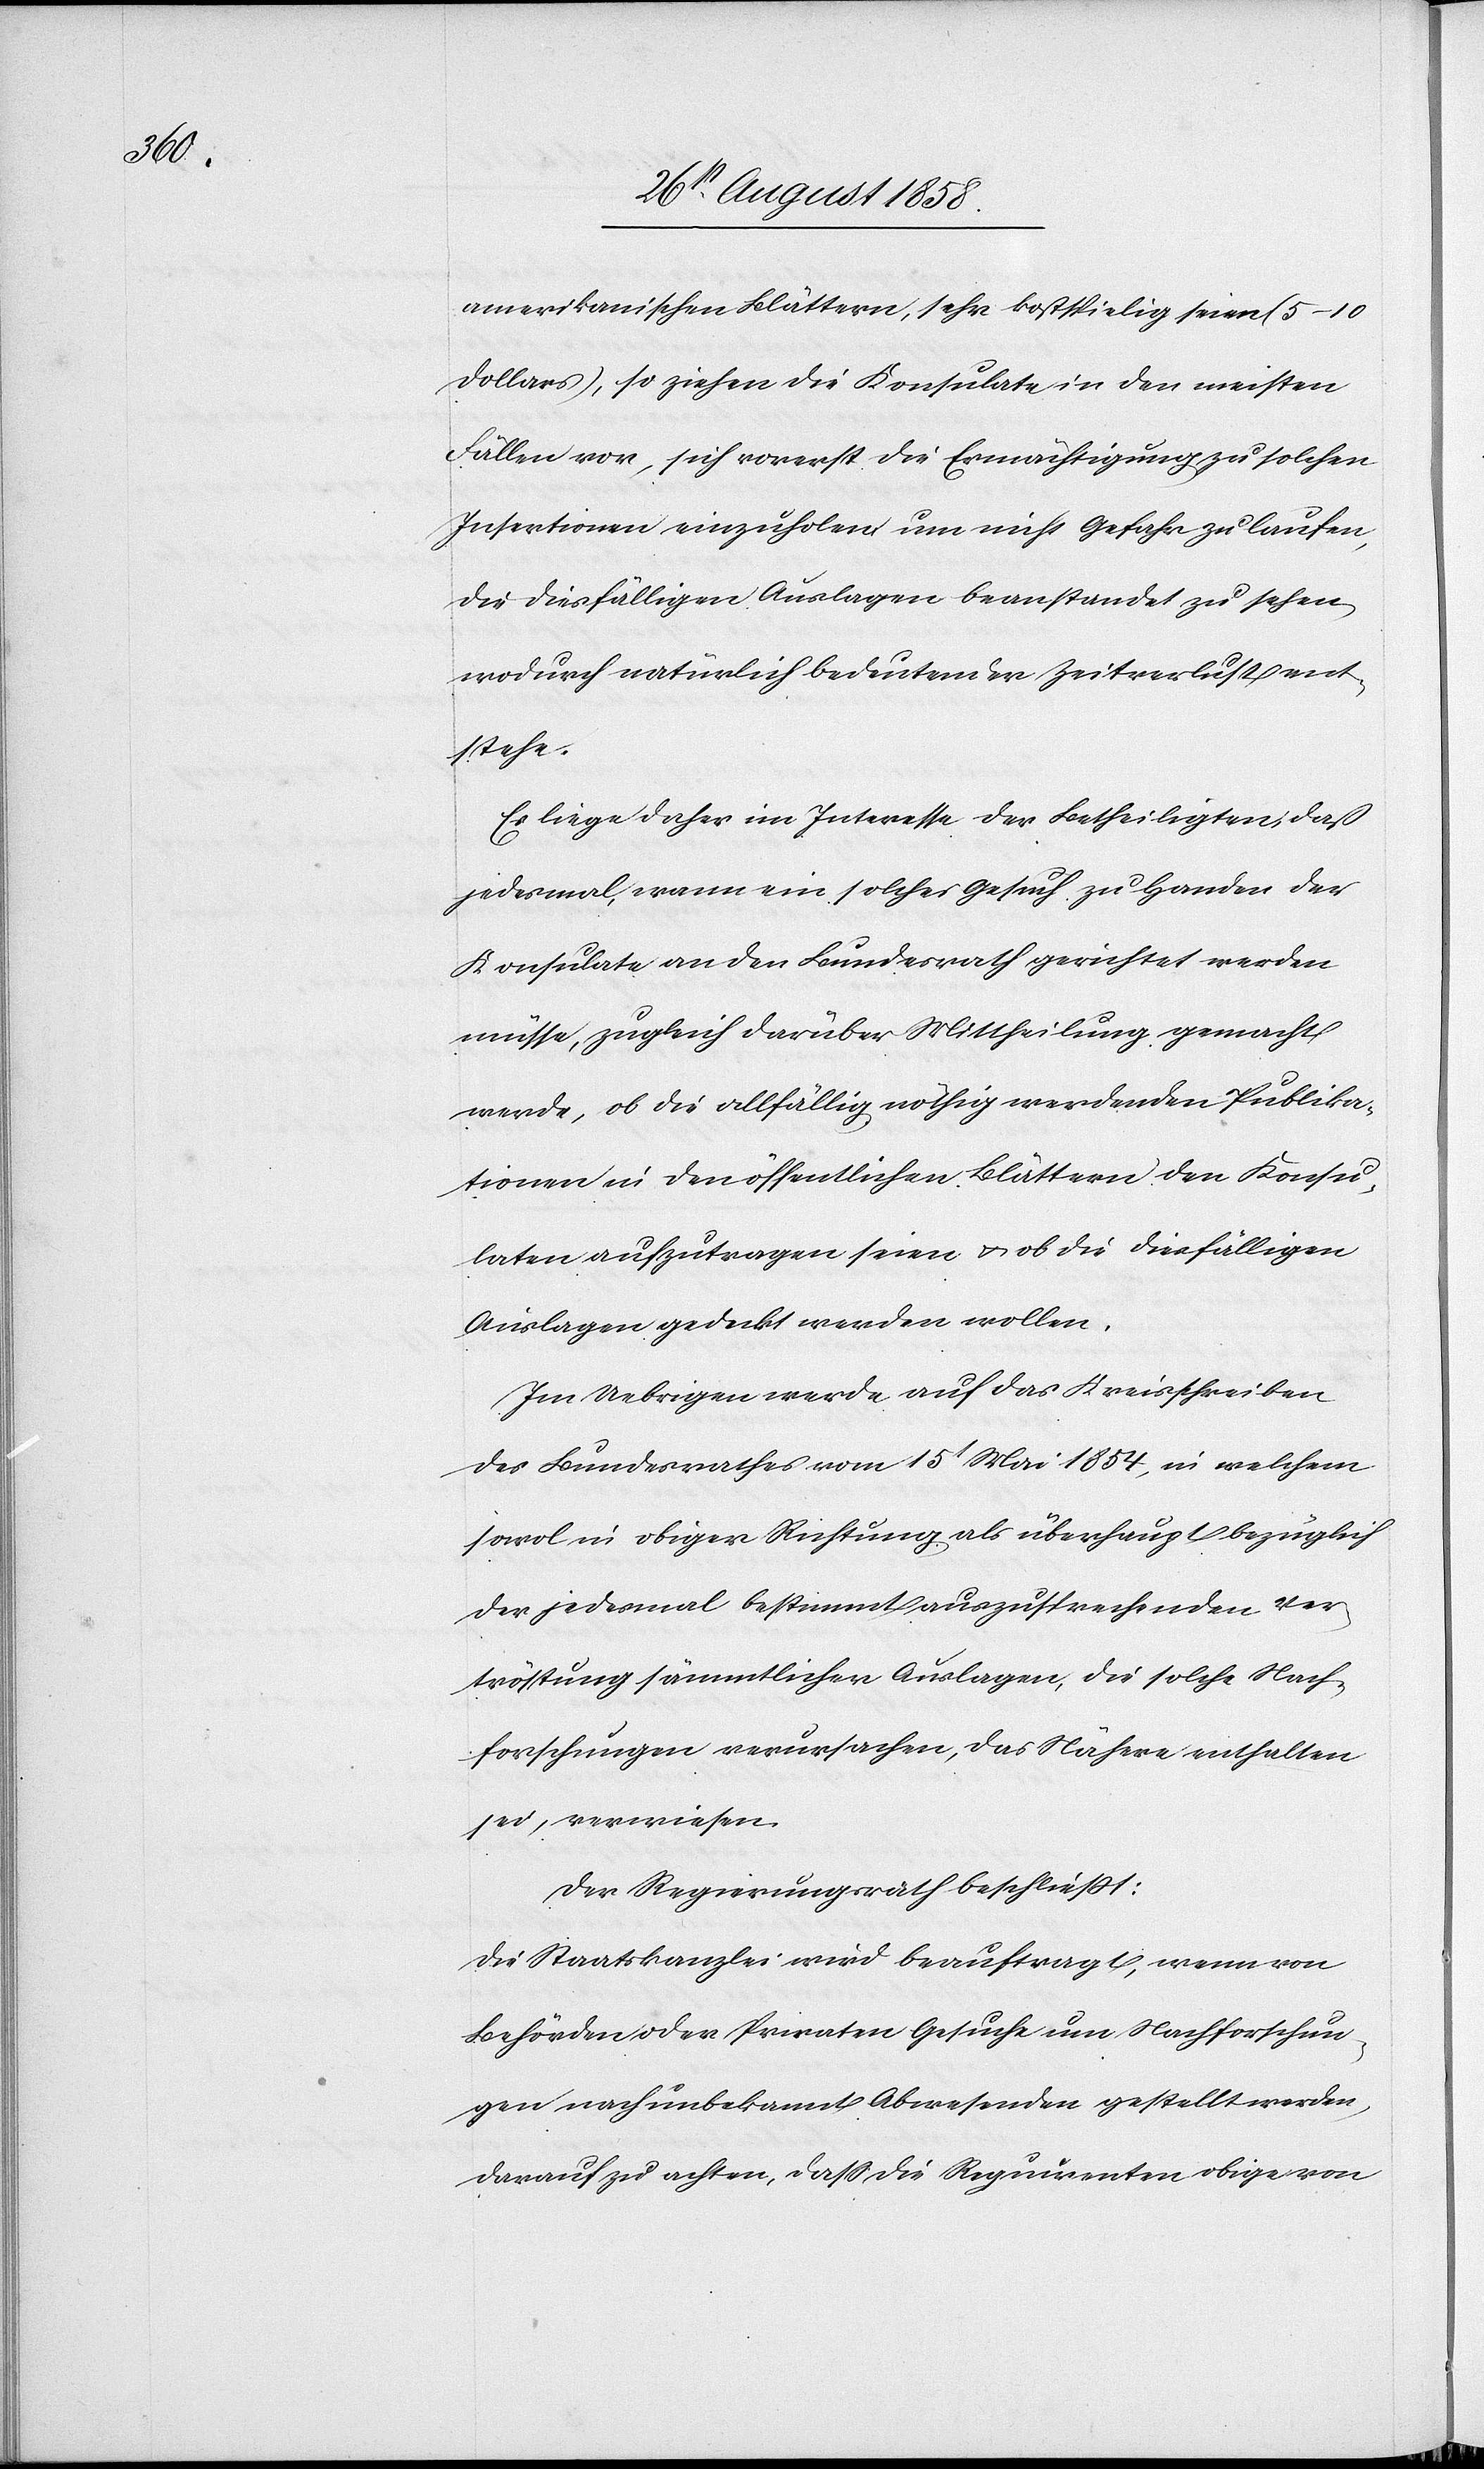
amerikanischen Blättern, sehr kostspielig seien (5–10
Dollars), so ziehen die Konsulate in den meisten
Fällen vor, sich vorerst die Ermächtigung zu solchen
Insertionen einzuholen, um nicht Gefahr zu laufen,
die diesfälligen Auslagen beanstandet zu sehen,
wodurch natürlich bedeutender Zeitverlust ent¬
stehe.
Es liege daher im Interesse der Betheiligten, daß
jedesmal, wann ein solches Gesuch zu Handen der
Konsulate an den Bundesrath gerichtet werden
müsse, zugleich darüber Mittheilung gemacht
werde, ob die allfällig nöthig werdenden Publika¬
tionen in den öffentlichen Blättern den Konsu¬
laten aufzutragen seien & ob die diesfälligen
Auslagen gedeckt werden wollen.
Im Uebrigen werde auf das Kreisschreiben
des Bundesrathes vom 15t Mai 1854, in welchem
sowol in obiger Richtung als überhaupt bezüglich
der jedesmal bestimmt auszusprechenden Ver¬
tröstung sämmtlicher Auslagen, die solche Nach¬
forschungen verursachen, das Nähere enthalten
sei, verwiesen.
Der Regierungsrath beschliesst:
Die Staatskanzlei wird beauftragt, wenn von
Behörden oder Privaten Gesuche um Nachforschun¬
gen nach unbekannt Abwesenden gestellt werden,
darauf zu achten, dass die Requirenten obige vom